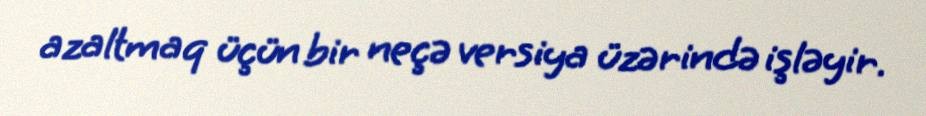
azaltmaq üçün bir neçə versiya üzərində işləyir.